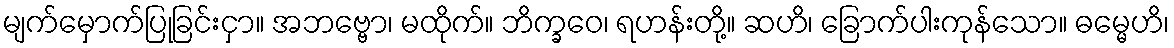
မျက်မှောက်ပြုခြင်းငှာ။ အဘဗ္ဗော၊ မထိုက်။ ဘိက္ခဝေ၊ ရဟန်းတို့။ ဆဟိ၊ ခြောက်ပါးကုန်သော။ ဓမ္မေဟိ၊